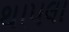
થાપલા